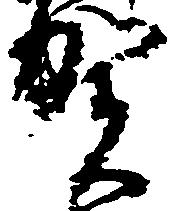
賀